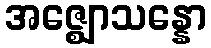
အဇ္ဈောသန္နော